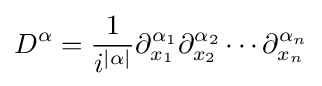
D^{\alpha }={\frac {1}{i^{|\alpha |}}}\partial _{x_{1}}^{\alpha _{1}}\partial _{x_{2}}^{\alpha _{2}}\cdots \partial _{x_{n}}^{\alpha _{n}}